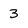
Character: 3